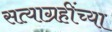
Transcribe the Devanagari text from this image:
सत्याग्रहींच्या